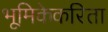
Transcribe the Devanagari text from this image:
भूमिकेकरिता